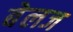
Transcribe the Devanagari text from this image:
बेलज